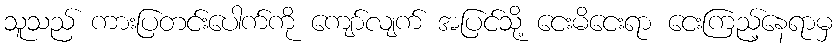
သူသည် ကားပြတင်းပေါက်ကို ကျော်လျက် အပြင်သို့ ငေးမိငေးရာ ငေးကြည့်နေရာမှ